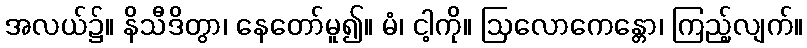
အလယ်၌။ နိသီဒိတွာ၊ နေတော်မူ၍။ မံ၊ ငါ့ကို။ ဩလောကေန္တော၊ ကြည့်လျက်။